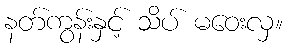
နတ်ကွန်းနှင့် သိပ် မဝေးလှ။